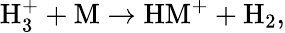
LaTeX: \begin{array}{r}{{\mathrm{H}}_{3}^{+}+\mathrm{M}\rightarrow{\mathrm{HM}}^{+}+\mathrm{H}_{2},}\end{array}